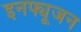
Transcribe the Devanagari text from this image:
इनफ्यूजन